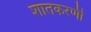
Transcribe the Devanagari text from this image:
शातकरणी